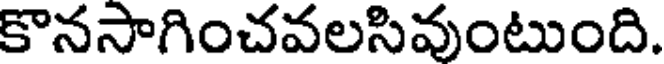
కొనసాగించవలసివుంటుంది.